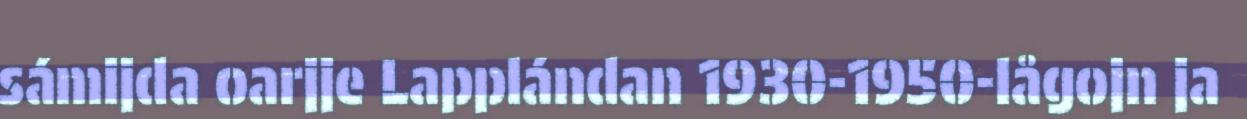
sámijda oarjje Lapplándan 1930-1950-lågojn ja